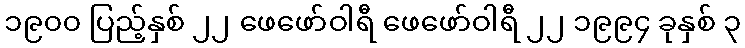
၁၉၀၀ ပြည့်နှစ် ၂၂ ဖေဖော်ဝါရီ ဖေဖော်ဝါရီ ၂၂ ၁၉၉၄ ခုနှစ် ၃